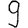
Digit: 9